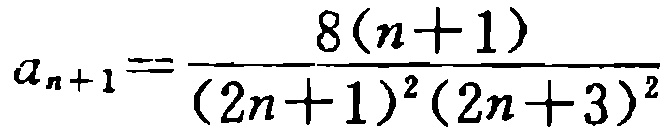
\[a_{n + 1} = \frac{8(n + 1)}{(2n + 1)^2(2n + 3)^2}\]